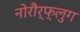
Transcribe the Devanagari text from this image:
नोरौर्फ्लुग